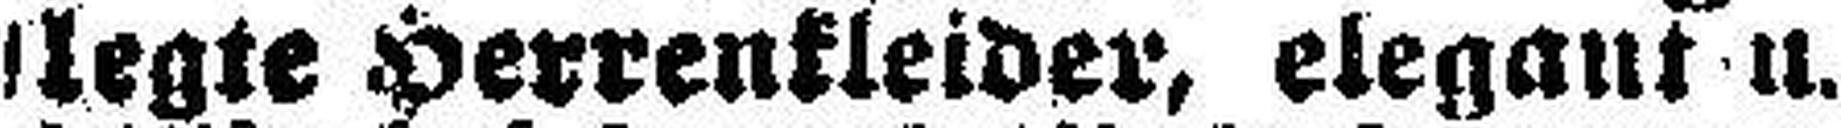
legte Herrenkleider, elegant u.